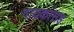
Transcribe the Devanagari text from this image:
गायकांसह